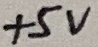
Text: +5V